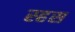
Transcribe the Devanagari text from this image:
स्हस